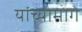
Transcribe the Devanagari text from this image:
यांच्यामागे